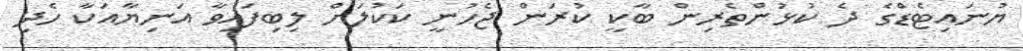
ޔުނައިޓެޑްގެ ދެ ކުޅުންތެރިން ބާކީ ކުރަން ޖެހުނީ ކަކުލަށް ލިބިފައިވާ އަނިޔާއަކާ ހެދި